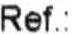
REF.: